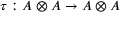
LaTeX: \tau : A \otimes A \rightarrow A \otimes A